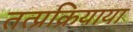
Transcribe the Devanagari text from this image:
तत्प्रक्रियाया